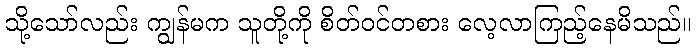
သို့သော်လည်း ကျွန်မက သူတို့ကို စိတ်ဝင်တစား လေ့လာကြည့်နေမိသည်။